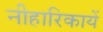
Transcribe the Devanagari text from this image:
नीहारिकायें